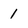
Character: 1